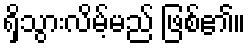
ရှိသွားလိမ့်မည် ဖြစ်၏။